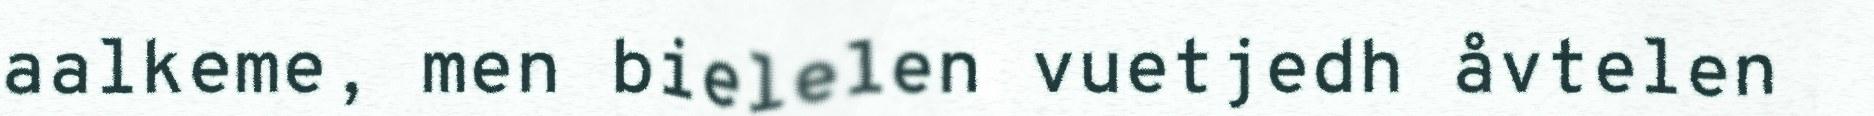
aalkeme, men bielelen vuetjedh åvtelen